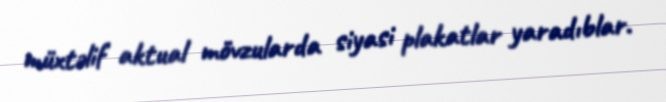
müxtəlif aktual mövzularda siyasi plakatlar yaradıblar.